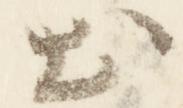
出